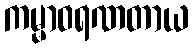
ကမ္မာဝရဏတာယ